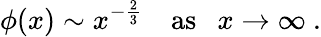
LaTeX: \phi(x)\sim x^{-{\frac{2}{3}}}\quad\mathrm{as}\ \ \ x\rightarrow\infty\ .